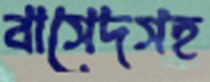
বাসেদসহ